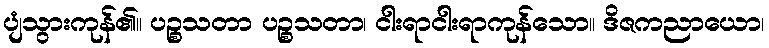
ပျံသွားကုန်၏။ ပဉ္စသတာ ပဉ္စသတာ၊ ငါးရာငါးရာကုန်သော။ ဒိဇကညာယော၊